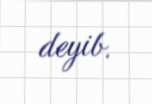
deyib.